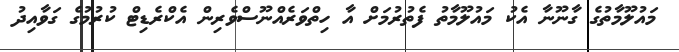
މައުލޫމާތުގެ ގާނޫނާ އެކު މައުލޫމާތު ފެތުރުމަށް އާ ހިތްވަރެއްނޫސްވެރިން އެކްރެޑިޓް ކުރުމުގެ ގަވާއިދު